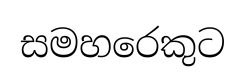
සමහරෙකුට